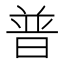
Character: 普